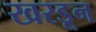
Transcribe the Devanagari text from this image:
खरडून